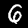
Label: 6